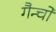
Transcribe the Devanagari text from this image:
गैन्चो